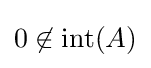
0\not \in \operatorname {int} (A)